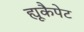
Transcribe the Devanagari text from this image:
ह्यूकैपेट